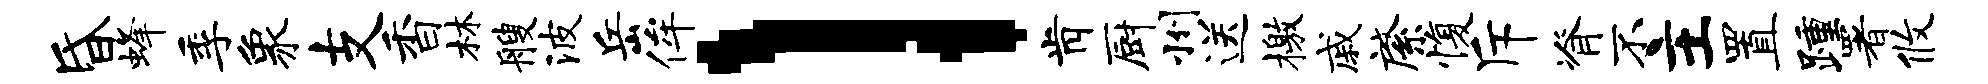
昏蜂季象支香林艘波岳侔l肯厨州送檄戚綮愎斥脊不主置踵署攸